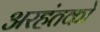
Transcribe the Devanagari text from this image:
अरहंतको